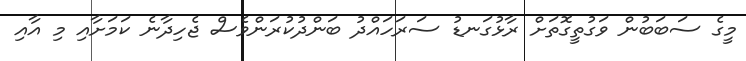
މީގެ ސަބަބުން ވަގުތީގޮތަށް ރާޅުގަނޑު ސަރަހައްދު ބަންދުކުރަންވެސް ޖެހިދާނެ ކަމަށާއި މި އާއި